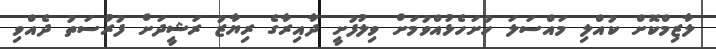
ލާޒިމްކޮށް ކުއްލި މައްސަލަ ހުށަހެޅުއްވުމަށް ވިލުފުށީ ދާއިރާގެ ރިޔާޒު ރަޝީދަށް ފުރުސަތު ދެއްވި